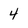
Character: 4